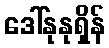
ဒေါ်နုနုရှိန်